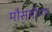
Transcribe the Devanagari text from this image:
मौसमीपन